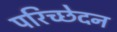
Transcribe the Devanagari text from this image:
परिच्छेदन